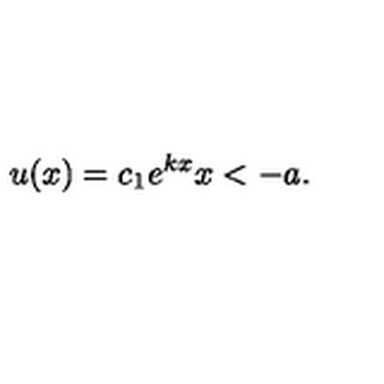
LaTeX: u ( x ) = c _ { 1 } e ^ { k x } x < - a .